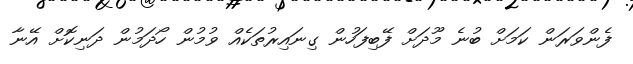
ފެންވަރަން ކަމަށް ބުނެ މޫދަށް ފޭބިފަހުން ގިނައިރުތަކެއް ވުމުން ހޯދަމުން ދަނިކޮށް އޭނާ